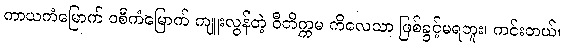
ကာယကံမြောက် ဝစီကံမြောက် ကျူးလွန်တဲ့ ဝီတိက္ကမ ကိလေသာ ဖြစ်ခွင့်မရဘူး၊ ကင်းတယ်၊